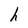
Character: h